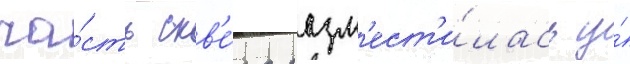
ча́сть скв'е́ра разм'ест'и́лась у́